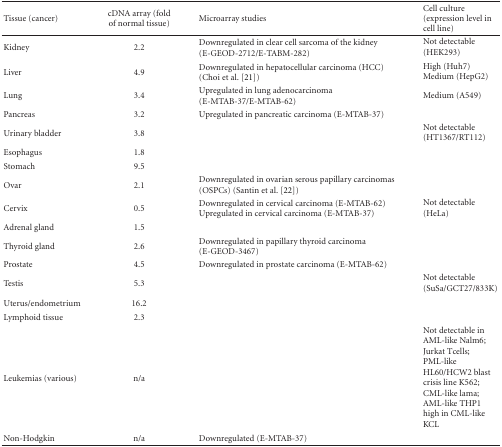
| Tissue (cancer) | cDNA array (fold of normal tissue) | Microarray studies | Cell culture (expression level in cell line) |
 | --- | --- | --- | --- |
 | Kidney | 2.2 | Downregulated in clear cell sarcoma of the kidney (E-GEOD-2712/E-TABM-282) | Not detectable (HEK293) |
 | Liver | 4.9 | Downregulated in hepatocellular carcinoma (HCC) (Choi et al. [21]) | High (Huh7) Medium (HepG2) |
 | Lung | 3.4 | Upregulated in lung adenocarcinoma (E-MTAB-37/E-MTAB-62) | Medium (A549) |
 | Pancreas | 3.2 | Upregulated in pancreatic carcinoma (E-MTAB-37) |  |
 | Urinary bladder | 3.8 |  | Not detectable (HT1367/RT112) |
 | Esophagus | 1.8 |  |  |
 | Stomach | 9.5 |  |  |
 | Ovar | 2.1 | Downregulated in ovarian serous papillary carcinomas (OSPCs) (Santin et al. [22]) |  |
 | Cervix | 0.5 | Downregulated in cervical carcinoma (E-MTAB-62) Upregulated in cervical carcinoma (E-MTAB-37) | Not detectable (HeLa) |
 | Adrenal gland | 1.5 |  |  |
 | Thyroid gland | 2.6 | Downregulated in papillary thyroid carcinoma (E-GEOD-3467) |  |
 | Prostate | 4.5 | Downregulated in prostate carcinoma (E-MTAB-62) |  |
 | Testis | 5.3 |  | Not detectable (SuSa/GCT27/833K) |
 | Uterus/endometrium | 16.2 |  |  |
 | Lymphoid tissue | 2.3 |  |  |
 | Leukemias (various) | n/a |  | Not detectable in AML-like Nalm6; Jurkat Tcells; PML-like HL60/HCW2 blast crisis line K562; CML-like lama; AML-like THP1 high in CML-like KCL |
 | Non-Hodgkin | n/a | Downregulated (E-MTAB-37) |  |